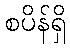
စပိန်ရှိ